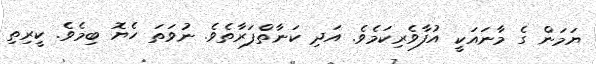
ޔަމަން ގެ މާނައަކީ އުފާވެރިކަމެވެ. އަދި ކަނާތްފަރާތެވެ. ނުވަތަ ހެޔޮ ބިމެވެ. ކީރިތި